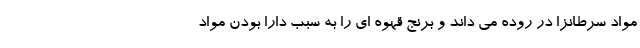
مواد سرطانزا در روده می داند و برنج قهوه ای را به سبب دارا بودن مواد